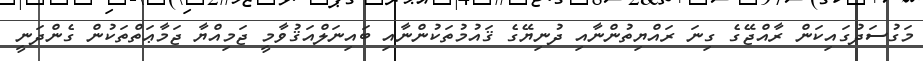
މަގުސަދުގައިކަން ރާއްޖޭގެ ގިނަ ރައްޔިތުންނާއި ދުނިޔޭގެ ޤައުމުތަކުންނާއި ބައިނަލްއަޤުވާމީ ޖަމިއްޔާ ޖަމާޢަތްތަކުން ގެންދަނީ